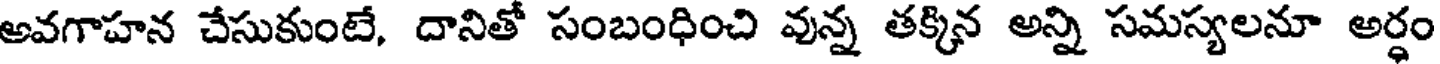
అవగాహన చేసుకుంటే, దానితో సంబంధించి వున్న తక్కిన అన్ని సమస్యలనూ అర్ధం